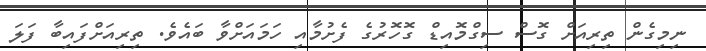
ނިމިގެން ތިރިއަށް ގޮސް ސިގްމޮއިޑް ގޮހޮރުގެ ފެށުމާއި ހަމައަށްވާ ބައެވެ. ތިރިއަށްފައިބާ ފަލަ